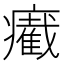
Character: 𤻛